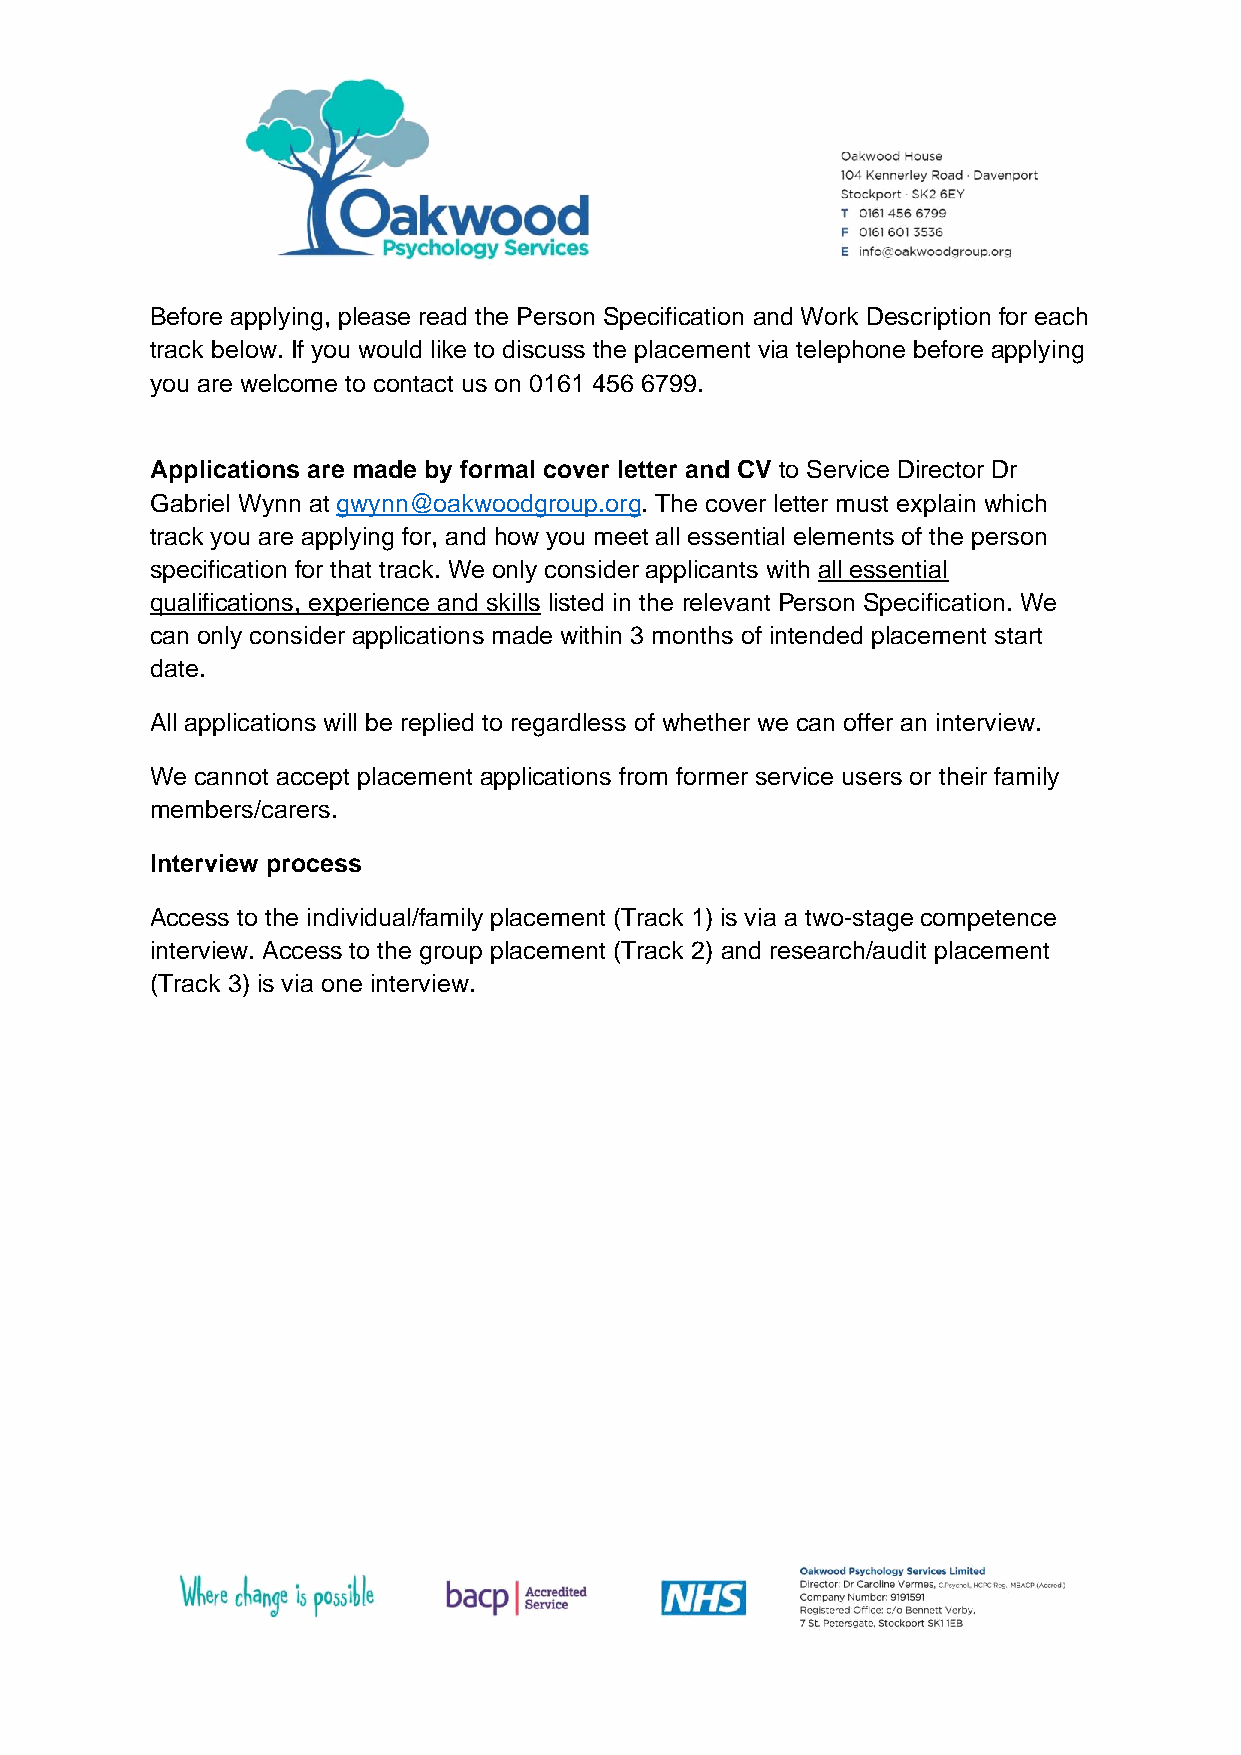
Before applying, please read the Person Specification and Work Description for each
 track below. If you would like to discuss the placement via telephone before applying
 you are welcome to contact us on 0161 456 6799.
 Applications are made by formal cover letter and CV to Service Director Dr
 Gabriel Wynn at gwynn@oakwoodgroup.org. The cover letter must explain which
 track you are applying for, and how you meet all essential elements of the person
 specification for that track. We only consider applicants with all essential
 qualifications, experience and skills listed in the relevant Person Specification. We
 can only consider applications made within 3 months of intended placement start
 date.
 All applications will be replied to regardless of whether we can offer an interview.
 We cannot accept placement applications from former service users or their family
 members/carers.
 Interview process
 Access to the individual/family placement (Track 1) is via a two-stage competence
 interview. Access to the group placement (Track 2) and research/audit placement
 (Track 3) is via one interview.